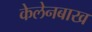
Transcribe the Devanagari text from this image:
केलेनबाख